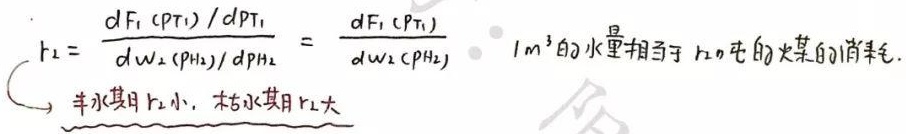
\[
r_2 = \frac{dF_1(p_{T1})/dp_{T1}}{dW_2(p_{H2})/dp_{H2}} = \frac{dF_1(p_{T1})}{dW_2(p_{H2})} \quad 1m^3\text{的水量相当于}r_{20}\text{吨的火某的消耗.}
\]
\[
\Rightarrow \text{丰水期}r_2\text{小, 枯水期}r_2\text{大}
\]